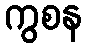
ကွစန